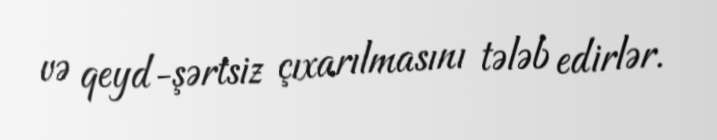
və qeyd-şərtsiz çıxarılmasını tələb edirlər.